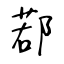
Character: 鄀